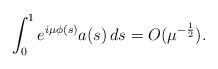
LaTeX: \begin{align*}\int_0^1 e^{i\mu\phi(s)} a(s)\,ds = O(\mu^{-\frac 12}).\end{align*}